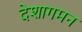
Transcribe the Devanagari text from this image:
देशागमन